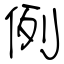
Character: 例